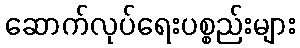
ဆောက်လုပ်ရေးပစ္စည်းများ